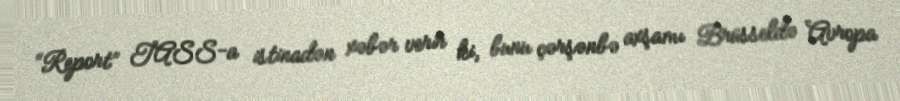
“Report” TASS-a istinadən xəbər verir ki, bunu çərşənbə axşamı Brüsseldə Avropa